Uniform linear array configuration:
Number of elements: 64
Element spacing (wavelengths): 0.5
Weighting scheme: uniform
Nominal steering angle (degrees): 0
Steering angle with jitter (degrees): -0.1887
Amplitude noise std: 0.05
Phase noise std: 0.05

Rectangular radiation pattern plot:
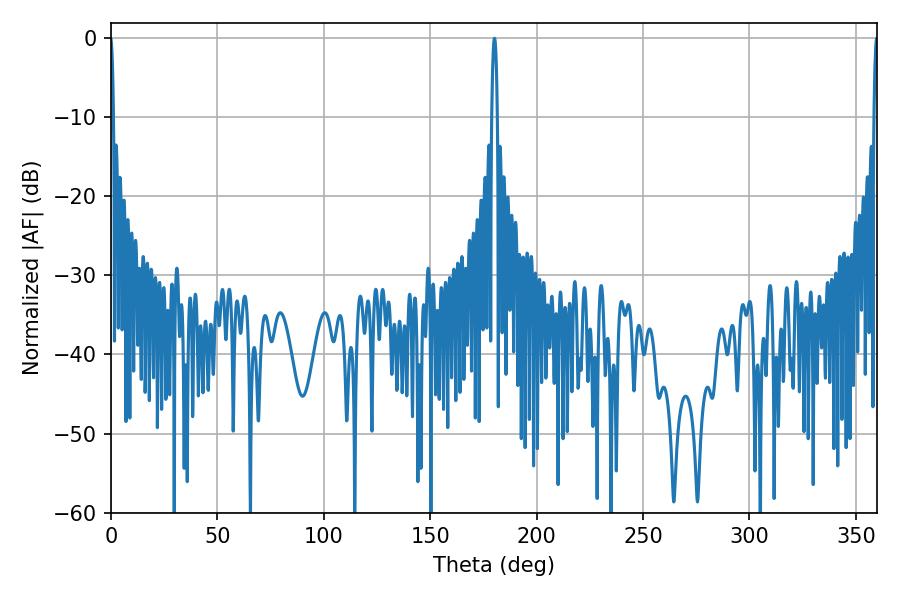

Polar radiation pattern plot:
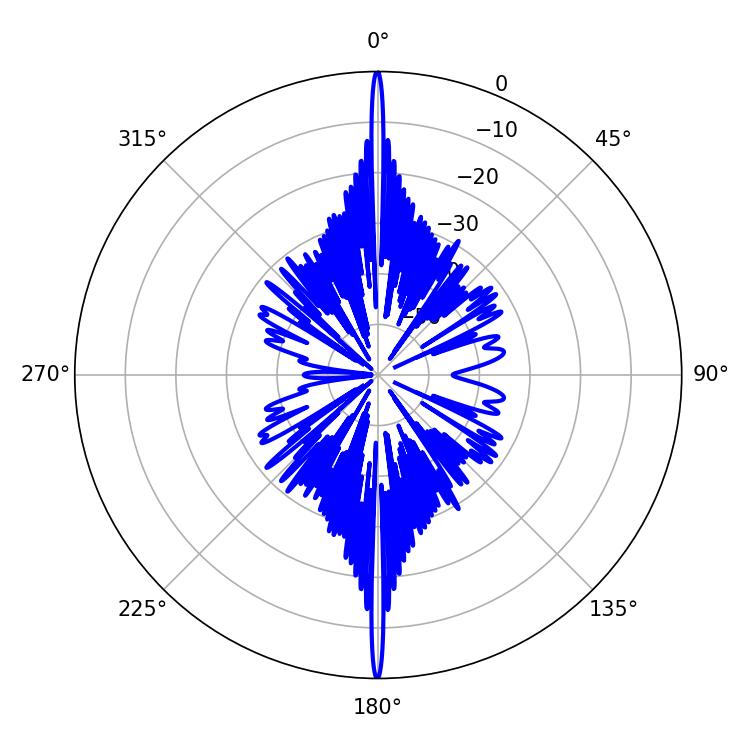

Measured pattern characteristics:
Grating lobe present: FALSE
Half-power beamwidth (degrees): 1.44
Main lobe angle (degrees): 180.18